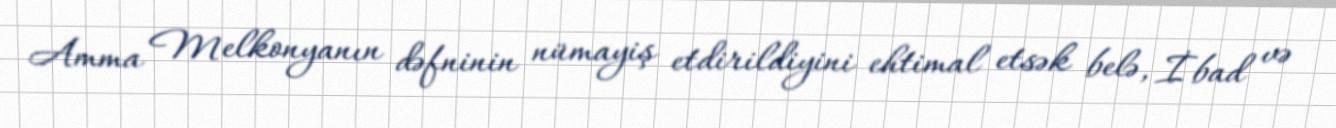
Amma Melkonyanın dəfninin nümayiş etdirildiyini ehtimal etsək belə, İbad və